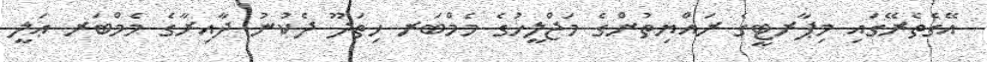
އޭގެތެރޭގައި މިޕާރޓީގެ ރައްޔިތުންގެ މަޖްލީހުގެ މެމްބަރ ހިތަދޫ ދެކުނު ދާއިރާގެ މެމްބަރ ޢަލީ